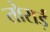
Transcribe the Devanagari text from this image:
तोराई